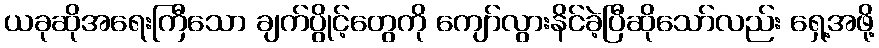
ယခုဆိုအရေးကြီသော ချက်ပွိုင့်တွေကို ကျော်လွားနိင်ခဲ့ပြီဆိုသော်လည်း ရှေ့အဖို့